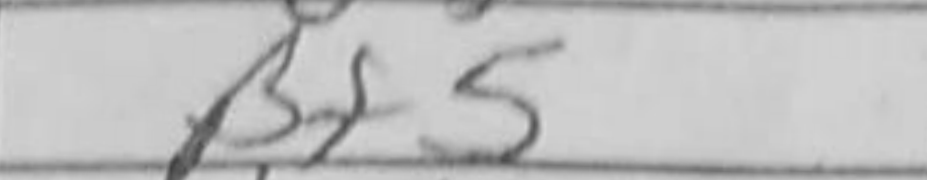
Transcription: Bf5